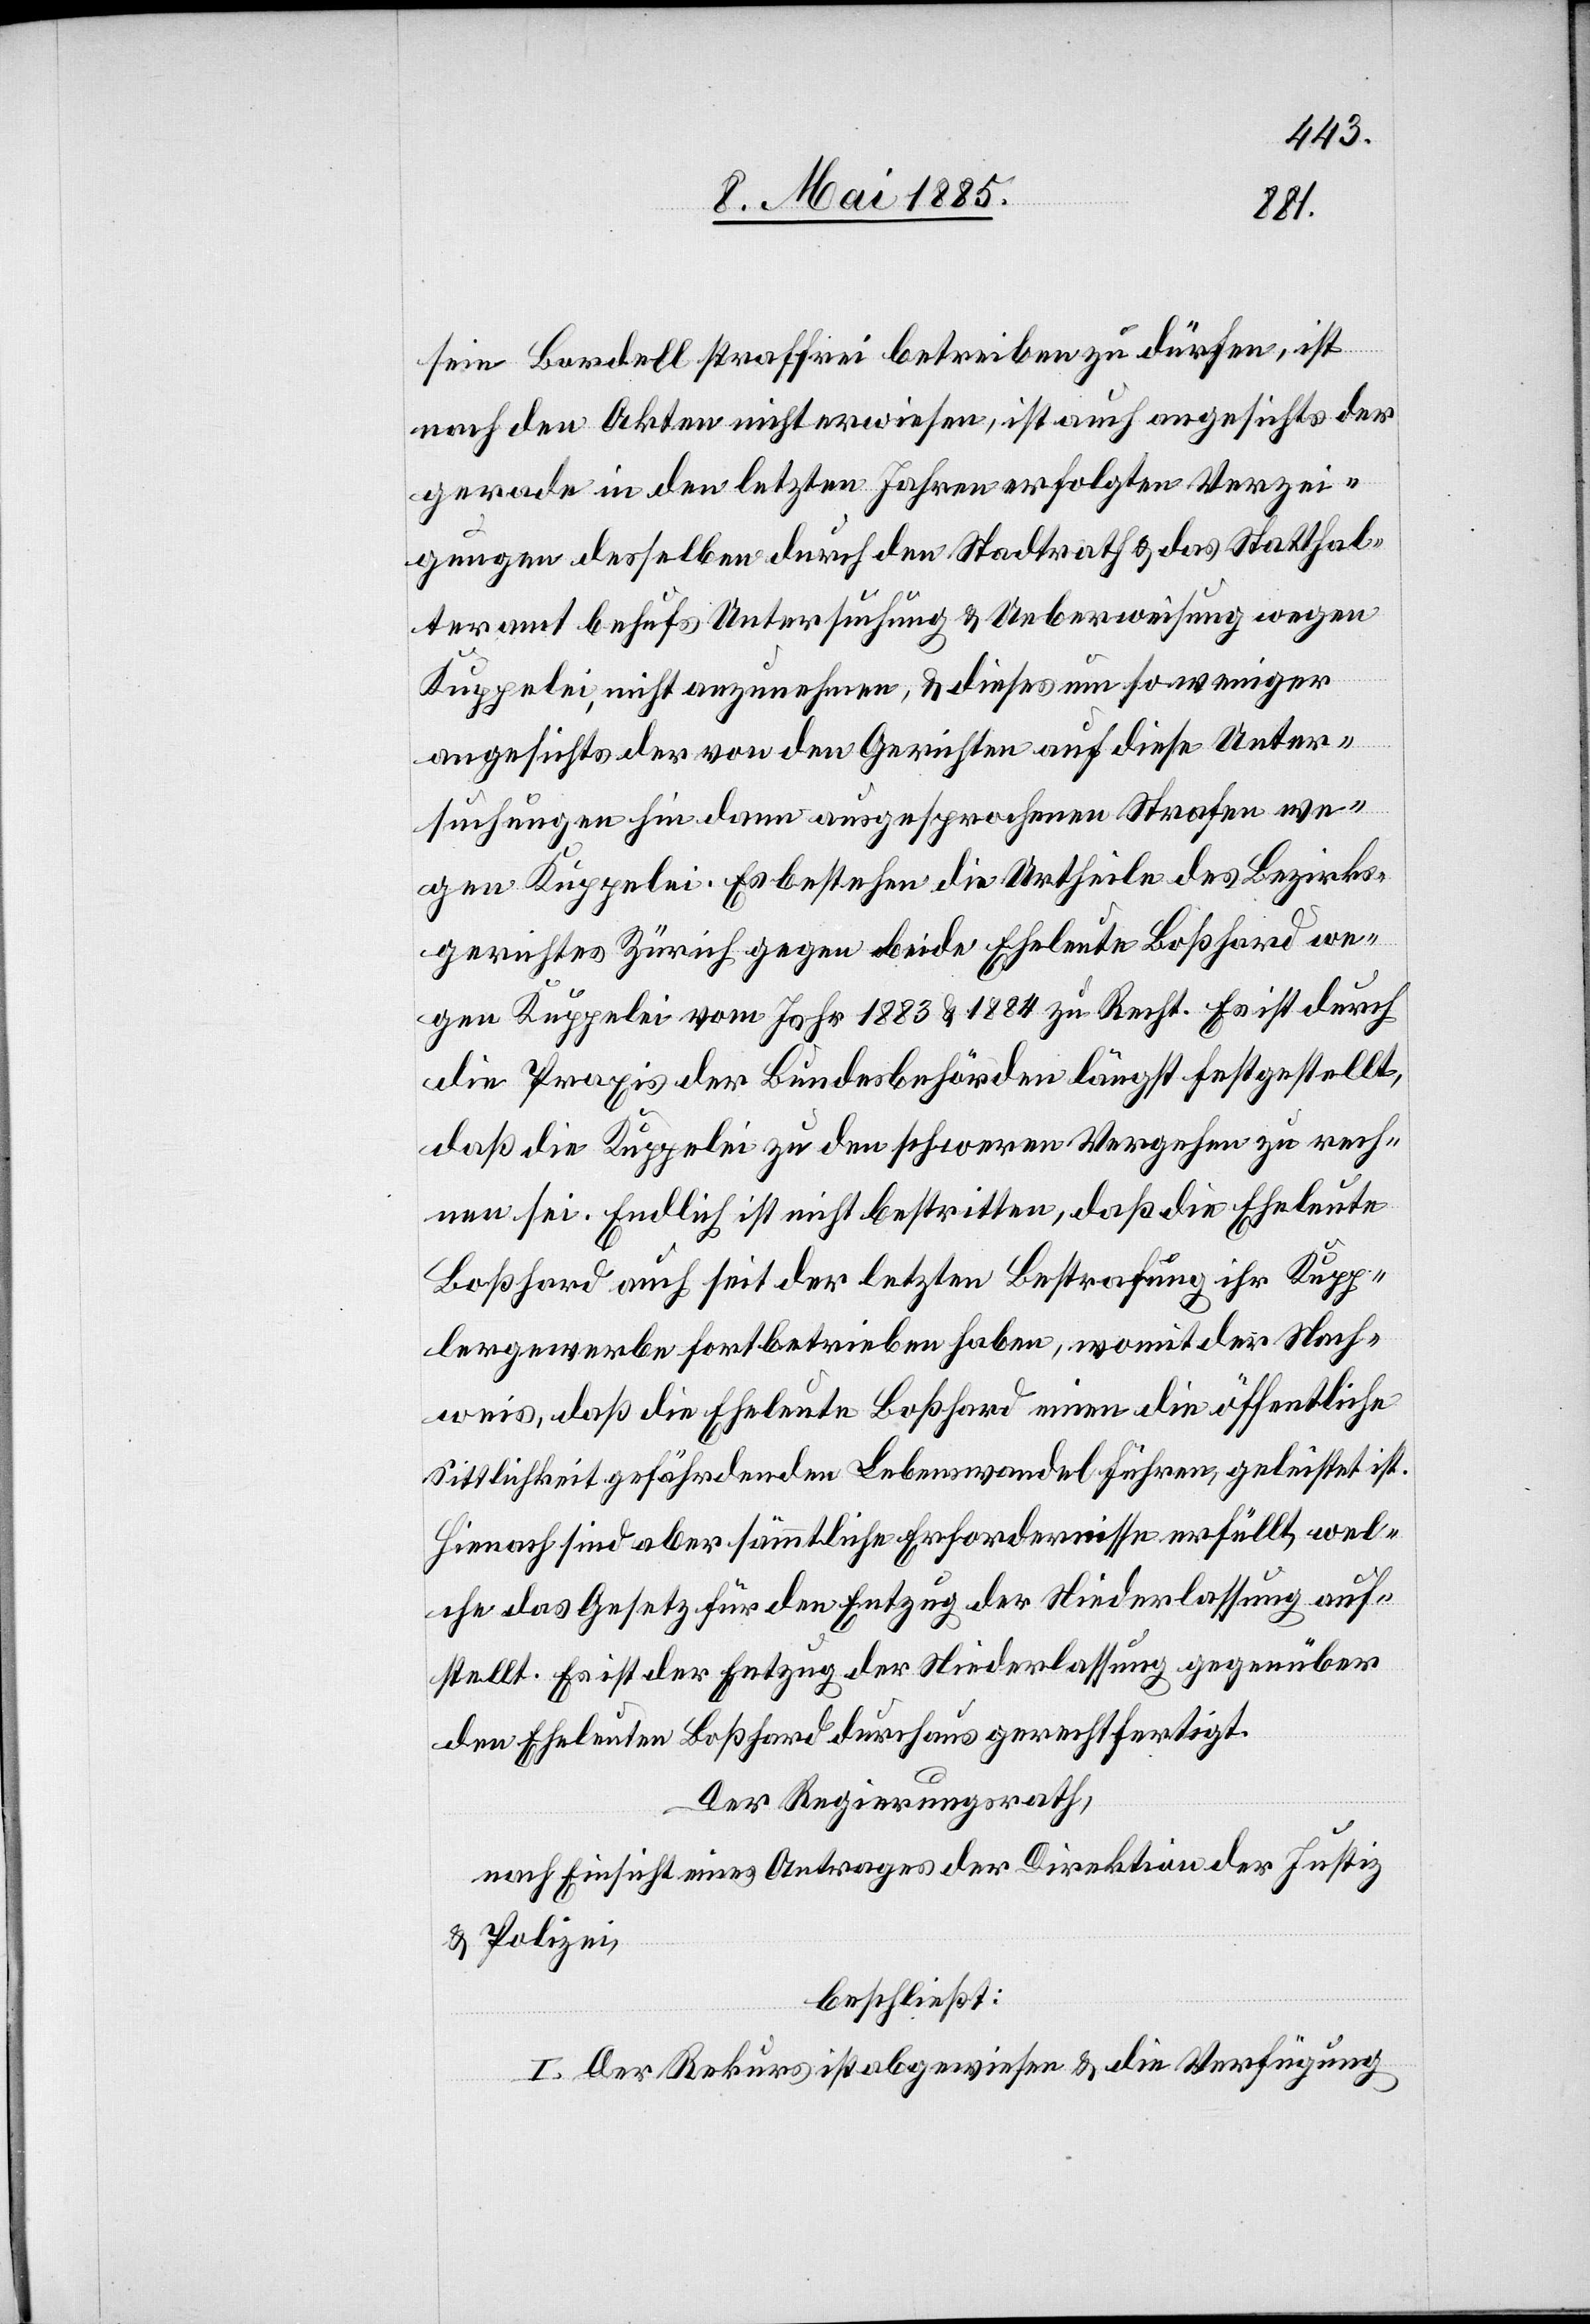
sein Bordell straffrei betreiben zu dürfen, ist
nach den Akten nicht erwiesen, ist auch angesichts der
gerade in den letzten Jahren erfolgten Verzei¬
gungen desselben durch den Stadtrath & das Statthal¬
teramt behufs Untersuchung & Ueberweisung wegen
Kuppelei, nicht anzunehmen, & dieses um so weniger
angesichts der von den Gerichten auf diese Unter¬
suchungen hin dann ausgesprochenen Strafen we¬
gen Kuppelei. Es bestehen die Urtheile des Bezirks¬
gerichtes Zürich gegen beide Eheleute Boßhard we¬
gen Kuppelei vom Jahr 1883 & 1884 zu Recht. Es ist durch
die Praxis der Bundesbehörden längst festgestellt,
daß die Kuppelei zu den schweren Vergehen zu rech¬
nen sei. Endlich ist nicht bestritten, daß die Eheleute
Boßhard auch seit der letzten Bestrafung ihr Kupp¬
lergewerbe fortbetrieben haben, womit der Nach¬
weis, daß die Eheleute Boßhard einen die öffentliche
Sittlichkeit gefährdenden Lebenswandel führen, geleistet ist.
Hienach sind aber sämmtliche Erfordernisse erfüllt, wel¬
che das Gesetz für den Entzug der Niederlassung auf¬
stellt. Es ist der Entzug der Niederlassung gegenüber
den Eheleuten Boßhard durchaus gerechtfertigt.
Der Regierungsrath,
nach Einsicht eines Antrages der Direktion der Justiz
& Polizei,
beschließt:
I. Der Rekurs ist abgewiesen & die Verfügung